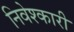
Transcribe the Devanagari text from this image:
निवेश्कारी